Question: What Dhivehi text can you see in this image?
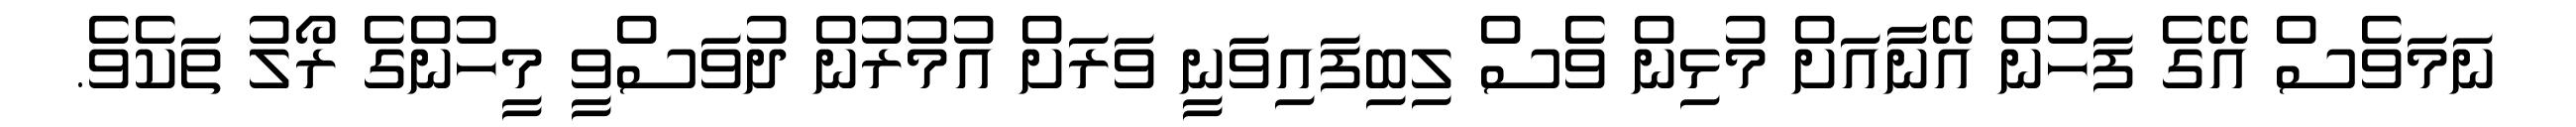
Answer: ނަމަވެސް އޭގެ ފަހުން އޭނާއަށް މުޅިން ވެސް ލިބިފައިވަނީ ވަރަށް އުމުރުން ދުވަސްވީ މީހުންގެ ރޯލު ތަކެވެ.